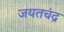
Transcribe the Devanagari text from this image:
जयतचंद्र